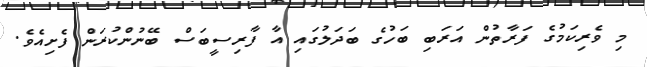
މި ވެރިކަމުގެ ފަރާތުން އަރަބި ބަހުގެ ބަދަލުގައި އާ ފާރިސީބަސް ބޭނުންކުރަން ފެށިއެވެ.